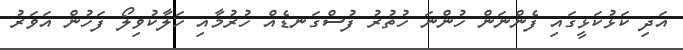
އަދި ކަޅުކަޅީގައި ފެންނަން ހުންނަ ހުތުރު ފުސްގަނޑެއް ހުރުމާއި ހަލާކުވިލޯ ފަހުން އަވަރު